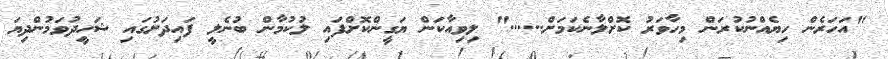
"އަހަރެން ހިޔެއްނުކުރަން މިހާވަރު ކޮށްލާނެކަމަށް......" ލިވިއާކަން ޔަގީންކޮށްފައި ލުކުމާން ބުނެލީ ފައިދަށުގައި ޝަހީދުވަމުންދިޔަ